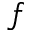
_ f